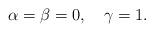
LaTeX: \begin{align*}\alpha=\beta=0,\quad\gamma=1.\end{align*}